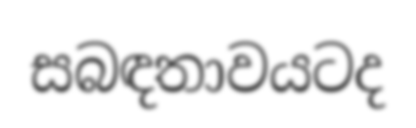
සබඳතාවයටද